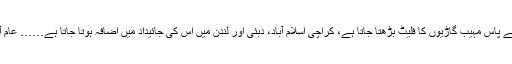
ہر پانچ سال بعد سردار کی زمینیں وسیع ہوجاتی ہیں، اُس کے پاس مہیب گاڑیوں کا فلیٹ بڑھتا جاتا ہے، کراچی اسلام آباد، دبئی اور لندن میں اُس کی جائیداد میں اضافہ ہوتا جاتا ہے…… عام آدمی خدا کا مال ہوتا ہے، جیے جارہا ہے خدا کے سہارے۔